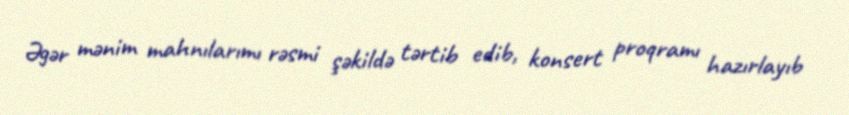
Əgər mənim mahnılarımı rəsmi şəkildə tərtib edib, konsert proqramı hazırlayıb